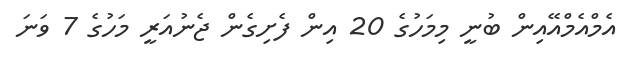
އެމްއެމްއޭއިން ބުނީ މިމަހުގެ 20 އިން ފެށިގެން ޖެނުއަރީ މަހުގެ 7 ވަނަ